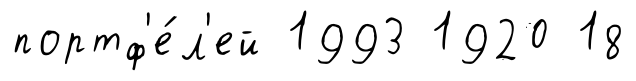
портф'е́л'ей 1993 1920 18